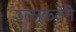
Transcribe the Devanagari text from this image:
उत्सूकतेने